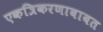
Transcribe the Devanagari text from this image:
एकत्रिकरणाबाबत